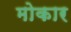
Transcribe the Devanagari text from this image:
मोकार